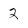
Character: 2